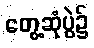
တွေ့ဆုံပွဲ၌